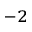
^ { - 2 }